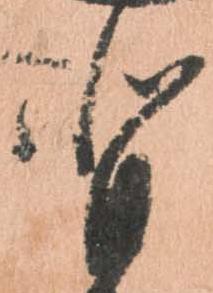
背